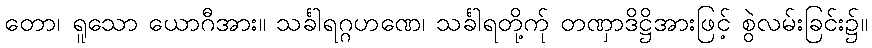
တော၊ ရူသော ယောဂီအား။ သင်္ခါရဂ္ဂဟဏေ၊ သင်္ခါရတို့က်ု တဏှာဒိဋ္ဌိအားဖြင့် စွဲလမ်းခြင်း၌။